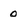
Character: 0